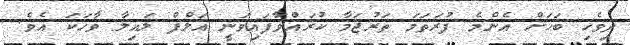
ދިވެހި ބަހަށް އެންމެ ފުރަތަމަ ތަރުޖަމާ ކުރައްވާފައިވަނީ އަލްފް ލައިލާ ވާހަކަ އެވެ.